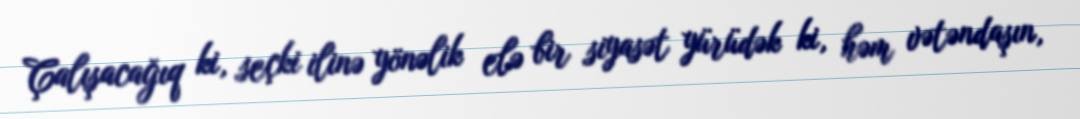
Çalışacağıq ki, seçki ilinə yönəlik elə bir siyasət yürüdək ki, həm vətəndaşın,